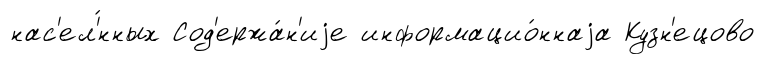
нас'ел'́нных Сод'ержа́н'иjе информацио́ннаjа Кузн'ецово